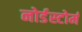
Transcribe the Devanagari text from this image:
नोर्डस्टोर्म